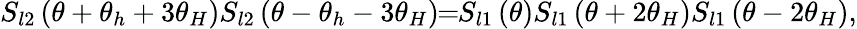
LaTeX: S_{l2}\left(\theta+\theta_{h}+3\theta_{H}\right)S_{l2}\left(\theta-\theta_{h}-3\theta_{H}\right)\! \! =\! \! S_{l1}\left(\theta\right)S_{l1}\left(\theta+2\theta_{H}\right)S_{l1}\left(\theta-2\theta_{H}\right),